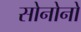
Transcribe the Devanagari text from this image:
सोनोनो